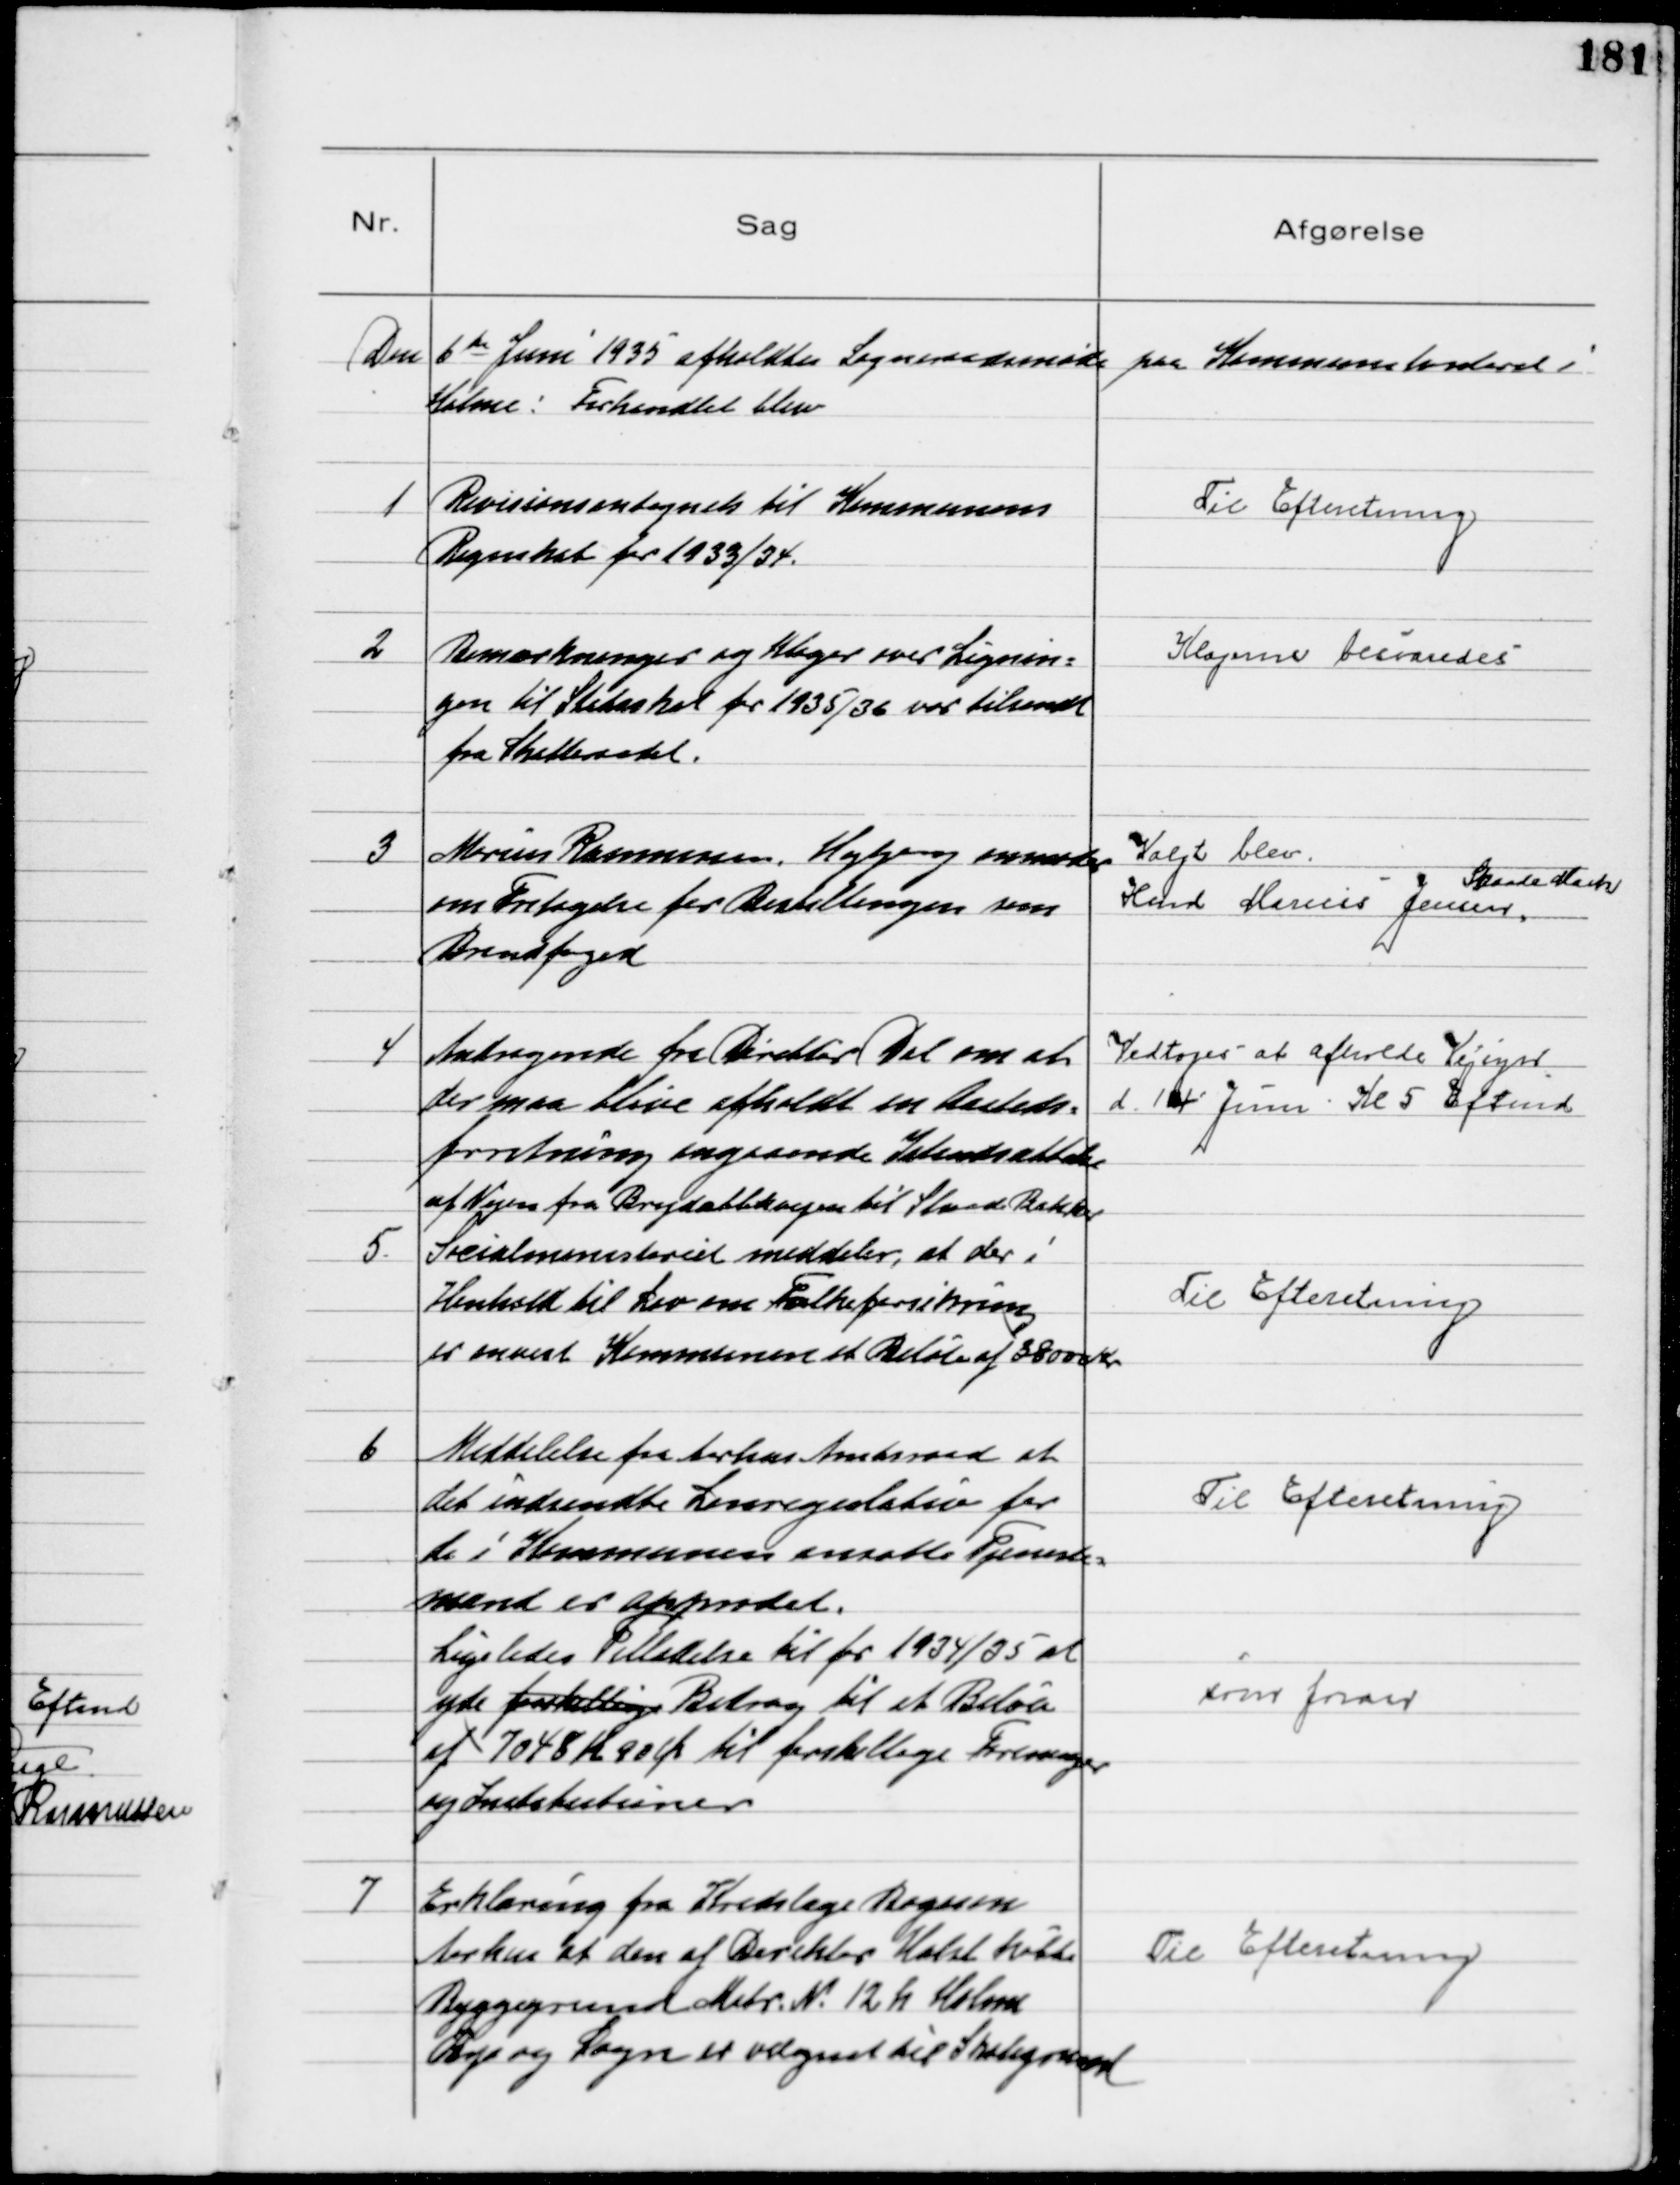
Transskription:
Den 6 te Juni 1935 afholdtes Sogneraadsmøde paa Kommunekontoret i
Holme! Forhandlet blev

1
Revisionsantegnels til Kommunens
Regnskab for 1933/34.

Til Efteretning

2
Bemærkninger og Klager over Lignin=
gen til Statsskat for 1935/36 var tilsendt
fra Skatteraadet.

Klagerne besvaredes

3
Marius Rasmussen, Højbjerg anmoder
om Fritagelse for Bestillingen som
Brandfoged

Valgt blev
Hmd Marius Jensen
Skaade Mark

4
Andragende fra Direktør Dal om at
der maa blive afholdt en Aasteds=
forretning angaaende Istandsættelse
af Vejen fra Brejdablikvejen til Skaade Bakker

Vedtoges at afholde Vejsyn
d. 14 Juni Kl 5 Eftmd

5.
Socialministeriet meddeler, at der i
Henhold til Lov om Folkeforsikring
er anvist Kommunen et Bekløb af 38000 Kr

Til Efteretning

6
Meddelelse fra Aarhus Amtsraad at
det indsendte Lønregulativ for
de i Kommunen ansatte Tjeneste=
mænd er approdet.
Til Efteretning
Ligeledes Tilladelse til for 1934/35 at
yde forskellige Bidrag til et Beløb
af 7048 Kr 90 Øre til forskellige Foreninger
og Institutioner
som foran

7
Erklæring fra Kredslæge Bojesen
Aarhus at den af Direktør Holst købte
Byggegrund Matr № 12 h Holme
By og Sogn er velegnet til Skolegrund

Til Efteretning